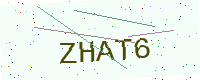
Text: ZHAT6